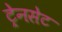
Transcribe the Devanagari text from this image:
ट्रेनसेट